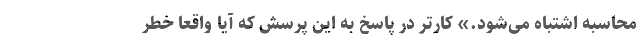
محاسبه اشتباه می‌شود.» کارتر در پاسخ به این پرسش که آیا واقعا خطر